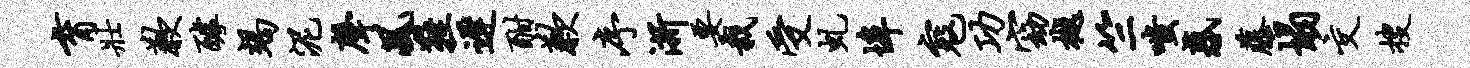
育壮歉醵竭泥声风鞋迟酣歉序浙要栽受虬埠寇功窈樾竺嗤惑藤塌交搜